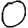
Digit: 0